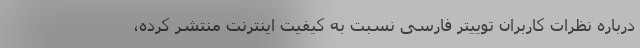
درباره نظرات کاربران توییتر فارسی نسبت به کیفیت اینترنت منتشر کرده،